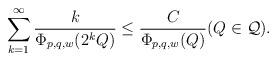
LaTeX: \begin{align*}\sum_{k=1}^\infty\frac{k}{\Phi_{p,q,w}(2^kQ)}\leq\frac{C}{\Phi_{p,q,w}(Q)}(Q\in\mathcal{Q}).\end{align*}